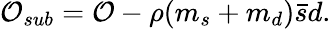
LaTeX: {\cal O}_{sub}={\cal O}-\rho(m_{s}+m_{d})\bar{s}d.